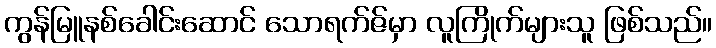
ကွန်မြူနစ်ခေါင်းဆောင် သောရက်ဇ်မှာ လူကြိုက်များသူ ဖြစ်သည်။